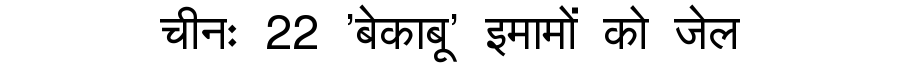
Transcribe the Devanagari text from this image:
चीनः 22 'बेकाबू' इमामों को जेल